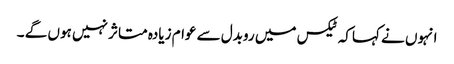
انہوں نے کہاکہ ٹیکس میں روبدل سے عوام زیادہ متاثر نہیں ہوں گے ۔